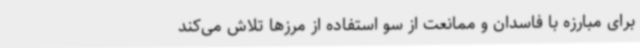
برای مبارزه با فاسدان و ممانعت از سو استفاده از مرزها تلاش می‌کند